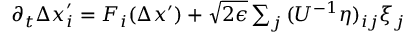
\begin{array} { r } { \partial _ { t } { \Delta x } _ { i } ^ { \prime } = F _ { i } ( \Delta x ^ { \prime } ) + \sqrt { 2 \epsilon } \sum _ { j } \, ( U ^ { - 1 } \eta ) _ { i j } \xi _ { j } \, } \end{array}